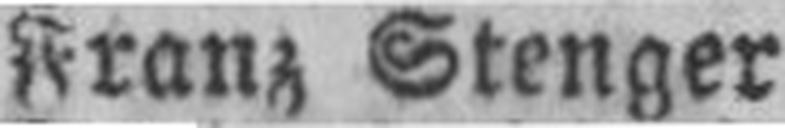
Franz Stenger